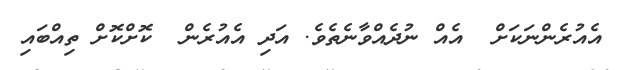
އެއުރެންނަކަށް  އެއް ނުދެއްވާނެތެވެ. އަދި އެއުރެން  ކޮށްކޮށް ތިއްބައި